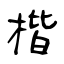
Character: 楷